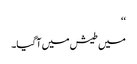
‘‘
میں طیش میں آگیا۔